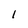
Character: 1